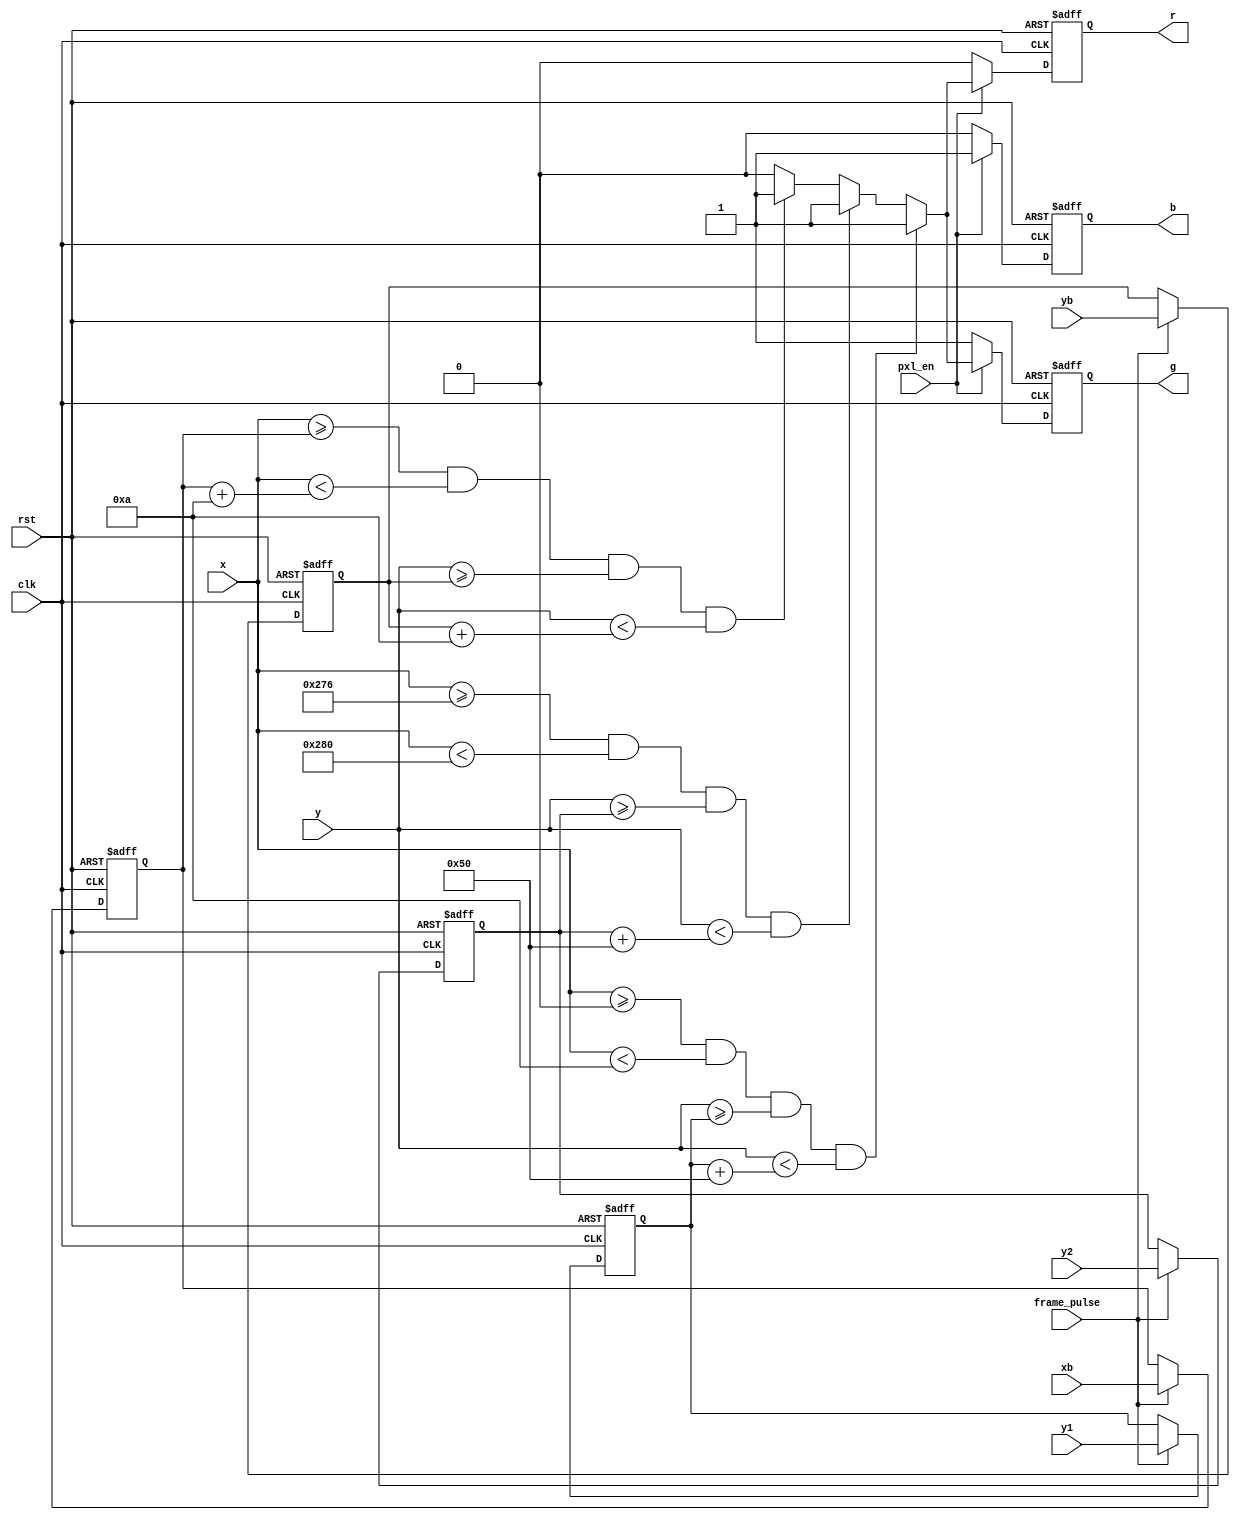
module vgaPxlGen (clk, frame_pulse, rst, pxl_en, x, y, r, g, b, y1, y2, xb, yb);

	input clk;
	input rst;
	input pxl_en;
	input frame_pulse;
	input [9:0]  x;
	input [9:0]  y;
	
	input [9:0] y1;

	input [9:0] y2;
	
	input [9:0] xb; 
	input [9:0] yb;
	
	output reg r;
	output reg g;
	output reg b;
	
	reg [9:0] p1Y;
	
	reg [9:0] p2Y;
	
	reg [9:0] bX; //registrador posio bola.
	reg [9:0] bY;
	
	
	always @ (posedge clk or posedge rst) begin
		if (rst) begin	//reseta registradores.
			p1Y <= 10'd0;
			p2Y <= 10'd0;
			bX  <= 10'd0;
			bY  <= 10'd0;
		end else begin	//inicia os registradores de posio.
			if (frame_pulse) begin
				p1Y <= y1;
				p2Y <= y2;
				bX  <= xb;
				bY  <= yb;
			end
		end
	end
	
	// Deixando a tela vermelha
	always @ (posedge clk or posedge rst) begin
		if (rst) begin	//reseta sadas rgb.
			r     <= 1'b1;
			g     <= 1'b0;
			b     <= 1'b1;
		end else begin
			if (pxl_en) begin //video ativo
				if(x >= 0 && x < 10 && y >= p1Y && y < p1Y + 80)begin //barra 1 pintada de branco.
					r <= 1'b1;
					g <= 1'b1;
					b <= 1'b1;
				end else if (x >= 630 && x < 640 && y >= p2Y && y < p2Y + 80) begin //barra2 pintada de branco.
					r <= 1'b1;
					g <= 1'b1;
					b <= 1'b1;
				end else if (x >= bX && x < bX+10 && y >= bY && y < bY + 10) begin //quadrado (bola) pintado de branco.
					r <= 1'b1;
					g <= 1'b1;
					b <= 1'b1;
				//end else if (y < 8 || y > 471) begin
				//	r <= 1'b1;
				//	b <= 1'b1;
				//	g <= 1'b1;
				end else begin	//fundo pintado de preto.
					r <= 1'b0;
					b <= 1'b1;
					g <= 1'b0;
				end
			end else begin //fora do vdeo ativo.
				r <= 1'b0;
				g <= 1'b1;
				b <= 1'b0;
			end
		end
	end
	
endmodule